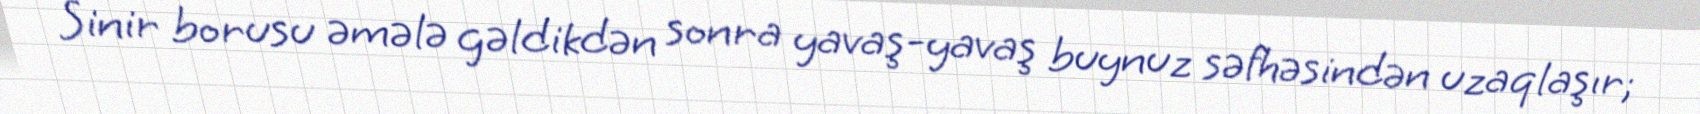
Sinir borusu əmələ gəldikdən sonra yavaş-yavaş buynuz səfhəsindən uzaqlaşır;